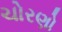
ચોરણો